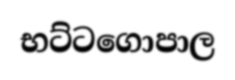
භට්ටගොපාල